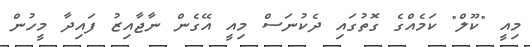
މިއީ "ކޫލް" ކަމެއްގެ ގޮތުގައި ދެކުނަސް މިއީ އޭގެން ނާޖާއިޒު ފައިދާ މީހުން